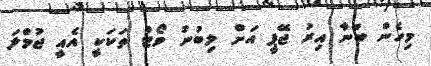
މިހެން ބުނާ އިރު ޖޭޕީ އަށް ލިބުނު ވޯޓް ތަކަކީ އެއީ ޖުމްލަ